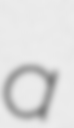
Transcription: a